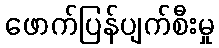
ဖောက်ပြန်ပျက်စီးမှု